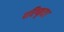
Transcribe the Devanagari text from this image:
परिष्कृत।